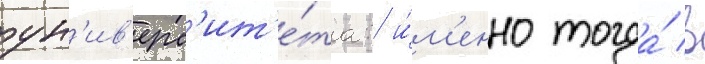
ун'ив'ерс'ит'е́та: и́м'енно тогда́ в